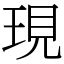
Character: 現